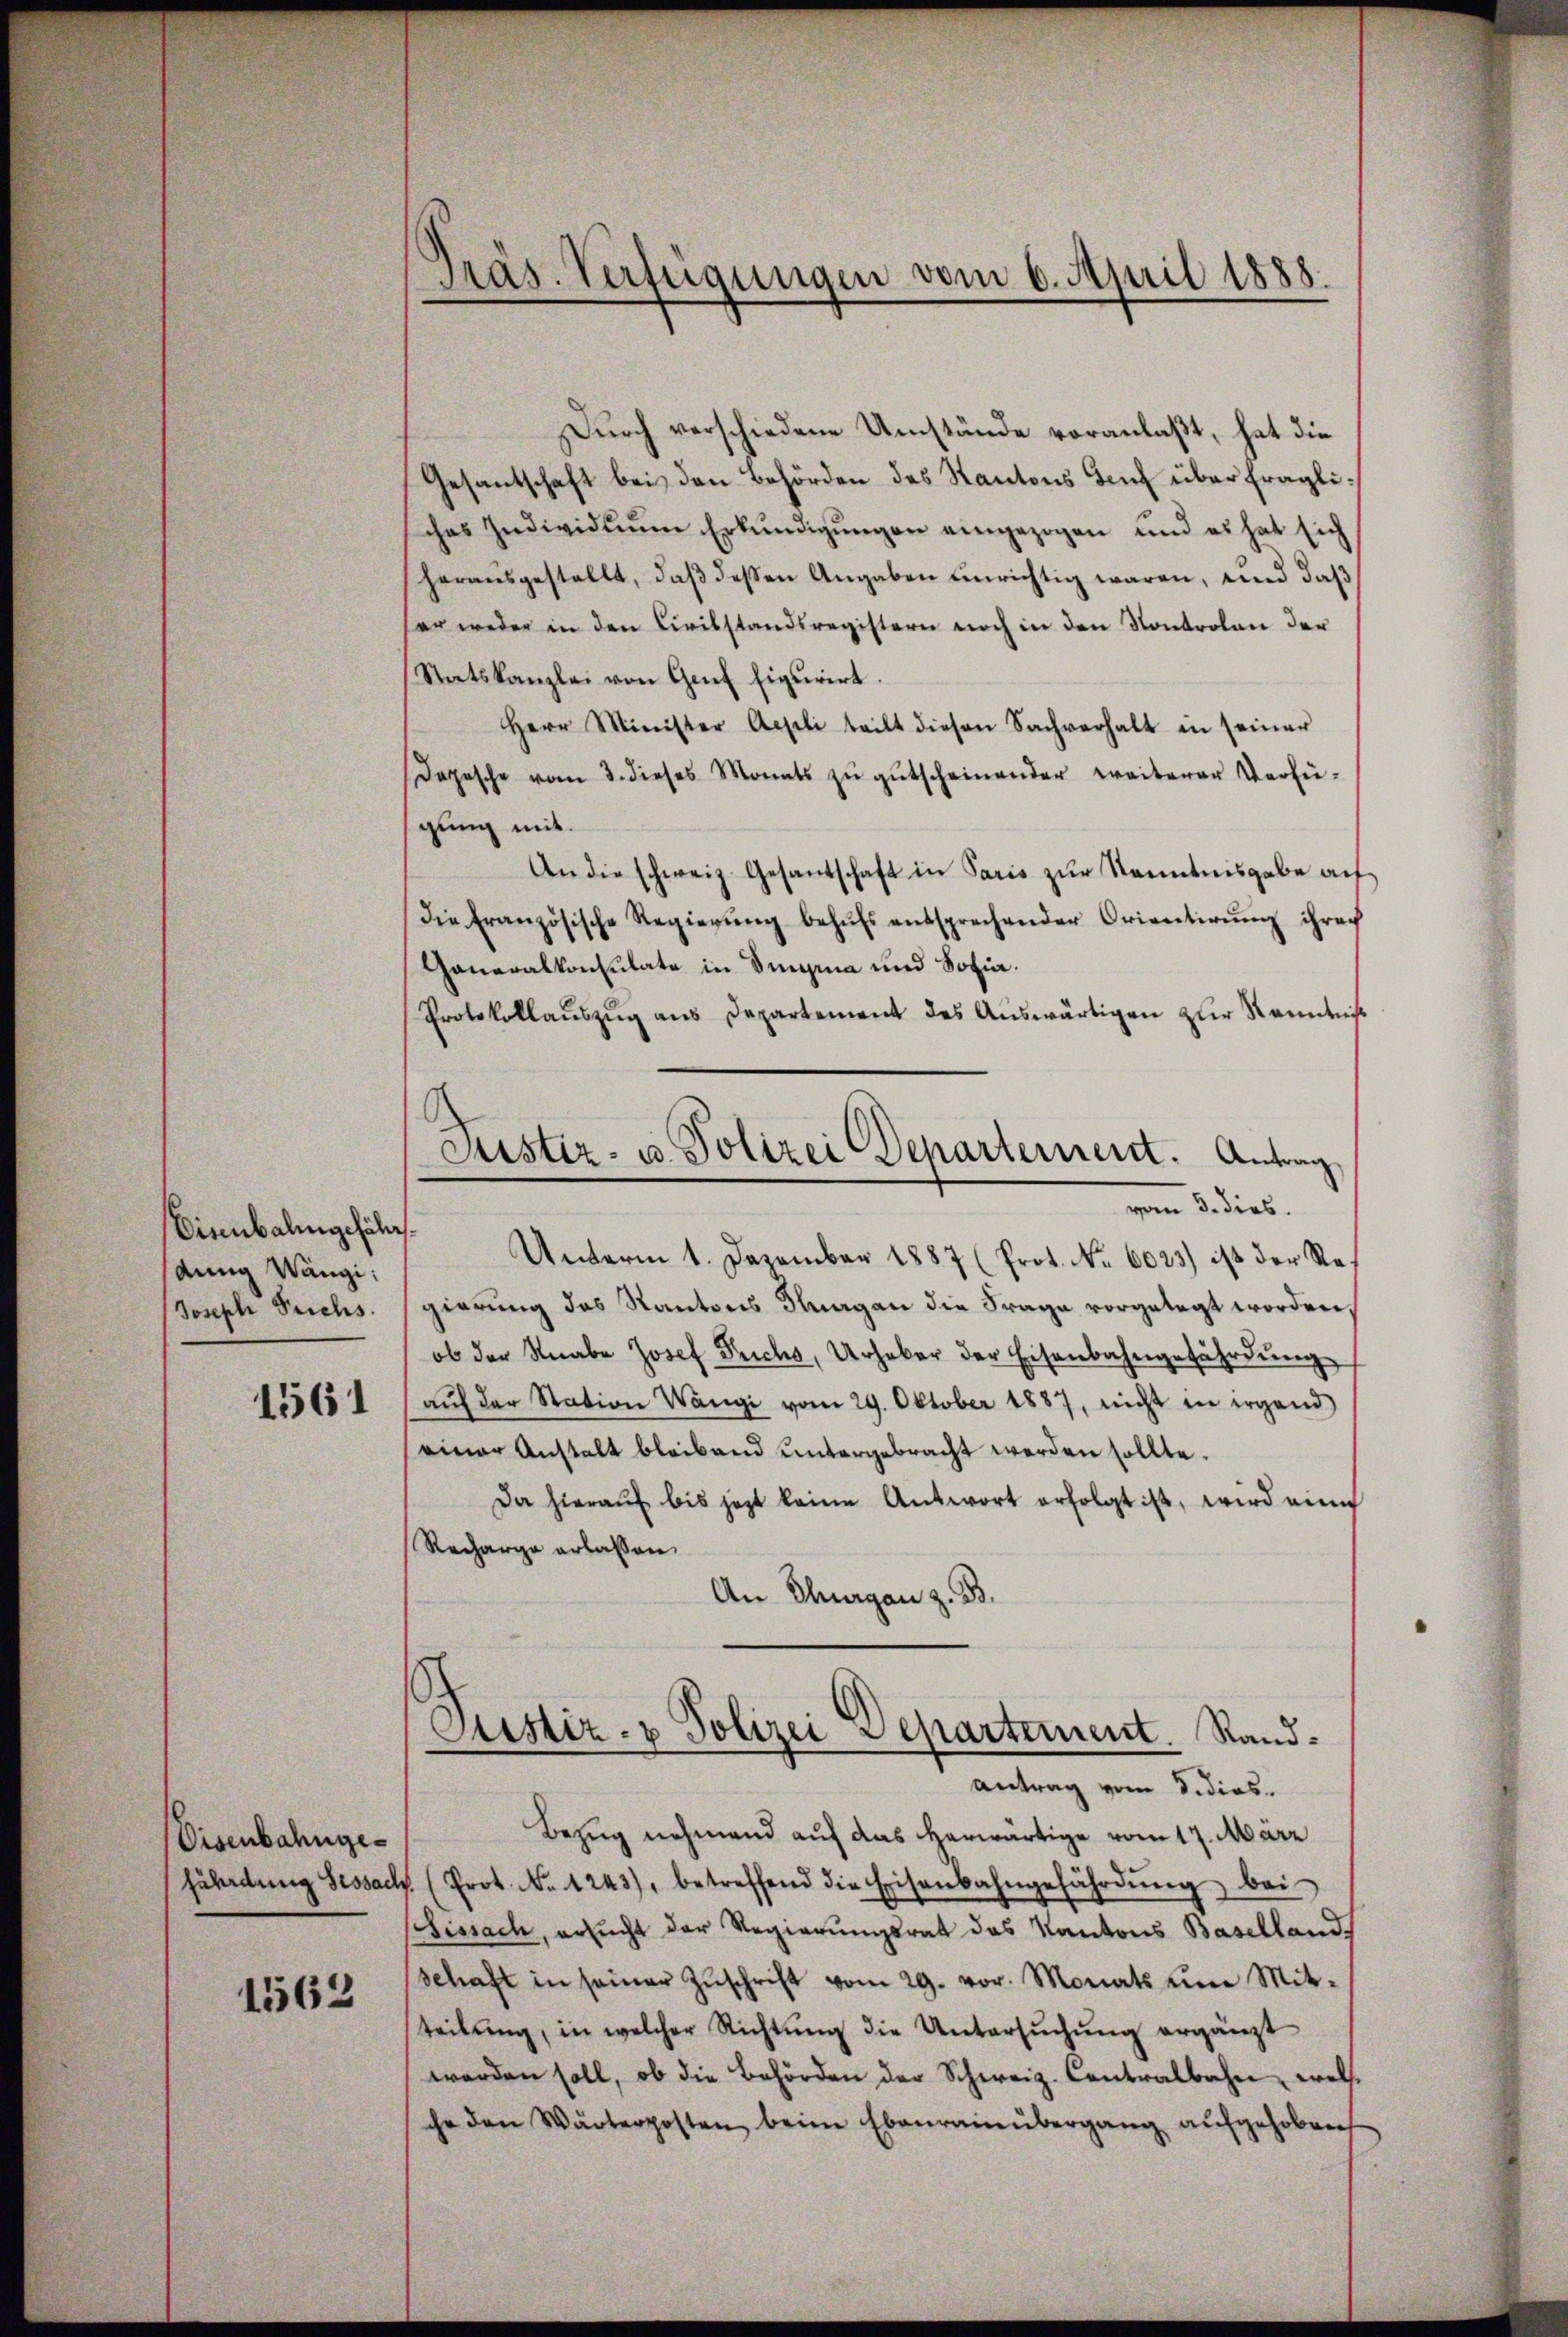
Bienbalingefälls.
dung Wängi
Joseph Fruchs.
1561

Eisenbahnge¬

1562

Präs. Verfügungen vom 6. April 1888.

Durch verschiedene Umstände voranlaßt, hat die
Gesantschaft bei den Behörden des Kantons Teuf über fragliches Individuum Erkŭndigŭngen eingezogen und es hat sich
herausgestellt, daβ deßen Angaben einrichtig waren, und daß
ser weder in den Civilstandsregistern noch in den Kontrolen der
Statskanzlei von Genf Eigurirt.
Herr Minister Appeli teilt diesen Sachverhalt in seiner
Depesche vom 3. dieses Monats zŭ gŭtscheinender weiterer Verfü-
gung mit.
An die schweiz. Gesantschaft in Paris zur Kenntnisgabe auf
Die Französische Regierŭng behŭfs entsprechender Orientirŭng ihrer
Generalkonsulate in Singina und Sofia.
Protokollauszug aus Departement des Auswärtigen zur Kenntniß
Unterm 1. Dezember 1887 (Prot. No. 6023) ist der Regierung des Kantons Fragen die Frage vorgelegt worden,
ob der Knabe Josef Trichs, Urhaber der Eisenbahngefährdung
aŭf der Station Wangi vom 29. Oktober 1887, nicht in irgend
einer Anstalt bleibend untergebracht werden sollte.
Da hierauf bis jetzt keine Antwort erfolgt ist, wird eine
Recharge erlassen.
An Thurgau z. B.
.
Justiz- & Polizei Departement. Randantrag vom Sedios.
Bezug nehmend auf das herwärtige vom 17. März
fährdung Sessach. (Prot. No. 1243), betreffend die Eisenbahngefährdŭng bei
Fissach, ersucht der Regierungsrat des Kantons Basellands
schaft in seiner Zŭschrift vom 29. vor. Monats um Mit-
teilŭng, in welcher Richtŭng die Untersŭchŭng ergänzt
werden soll, ob die Behörden der Schweiz. Contralbahn, welche
che den Wärterposten beim Ebenrainübergang aufgehoben

Justiz- u. Polizei Departement. Antrag,
vom 3. dies.